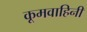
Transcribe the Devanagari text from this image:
कूमवाहिनी